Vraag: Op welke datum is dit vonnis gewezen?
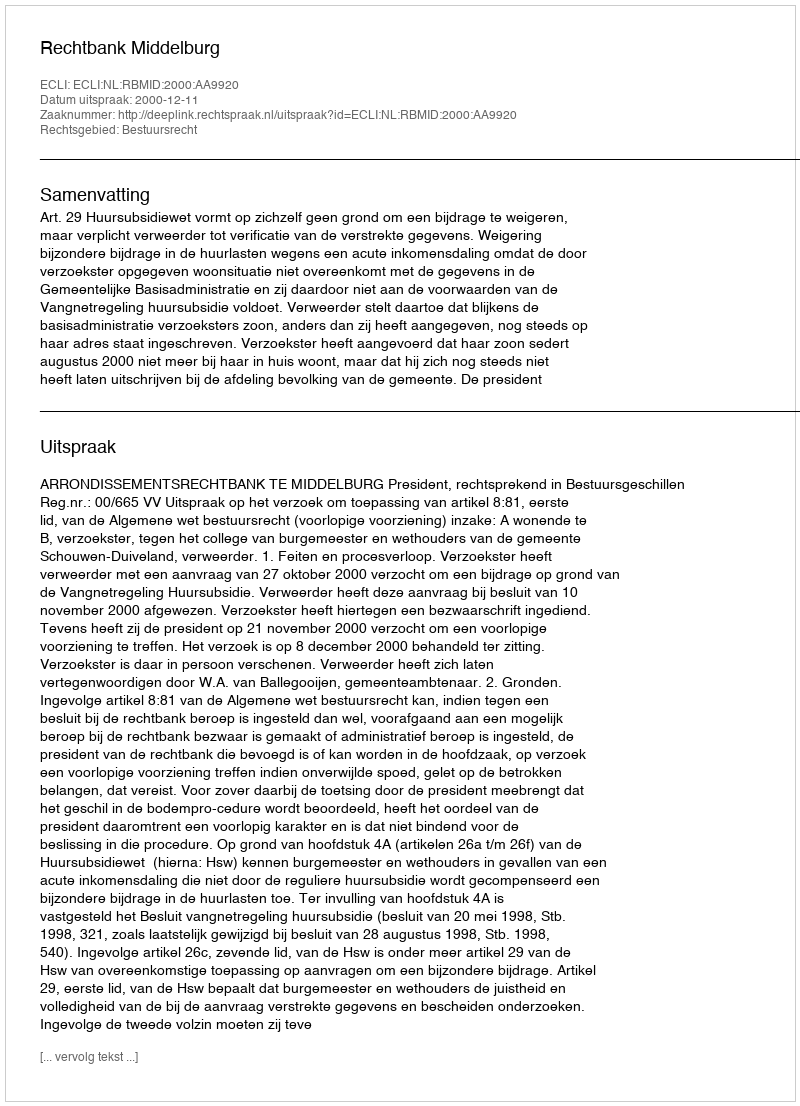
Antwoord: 2000-12-11